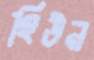
হিউন